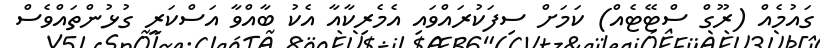
ގައުމެއް (ރޫގް ސްޓޭޓެއް) ކަމަށް ސިފަކުރައްވައި އެމެރިކާއާ އެކު ބާއްވާ އަސްކަރީ ގުޅުންތައްވެސް